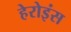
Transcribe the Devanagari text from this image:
हेरोइंस